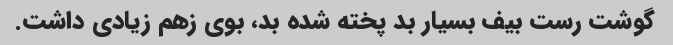
گوشت رست بیف بسیار بد پخته شده بد، بوی زهم زیادی داشت.